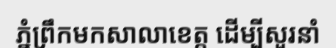
ភ្នំព្រឹកមកសាលាខេត្ត ដើម្បីសួរនាំ